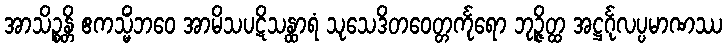
အာသိဉ္စန္တိ ဧကသ္မိံဘဝေ အာမိသပဋိသန္ထာရံ သုသေဒိတဝေတ္တင်္ကုရော ဘုဉ္ဇိတ္ထ အဋ္ဌင်္ဂုလပ္ပမာဏဿ